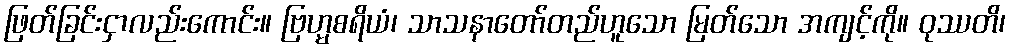
ဖြတ်ခြင်းငှာလည်းကောင်း။ ဗြဟ္မစရိယံ၊ သာသနာတော်တည်ဟူသော မြတ်သော အကျင့်ကို။ ဝုဿတိ၊